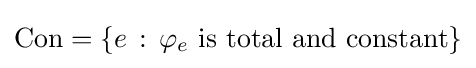
\mathrm {Con} =\{e\,:\,\varphi _{e}{\text{ is total and constant}}\}